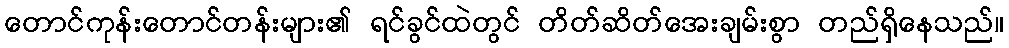
တောင်ကုန်းတောင်တန်းများ၏ ရင်ခွင်ထဲတွင် တိတ်ဆိတ်အေးချမ်းစွာ တည်ရှိနေသည်။